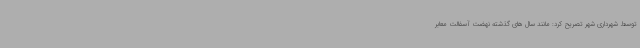
توسط شهرداری شهر تصریح کرد: مانند سال های گذشته نهضت آسفالت معابر